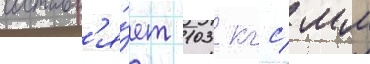
составл'я́ет 103 кгс/ мм